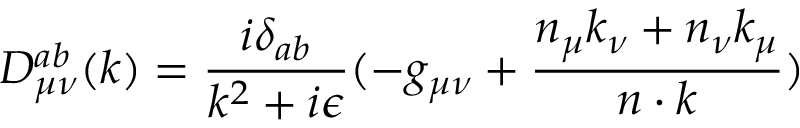
D _ { { \mu } { \nu } } ^ { a b } ( k ) = \frac { i { \delta } _ { a b } } { k ^ { 2 } + i { \epsilon } } ( - g _ { { \mu } { \nu } } + \frac { n _ { \mu } k _ { \nu } + n _ { \nu } k _ { \mu } } { n \cdot k } )